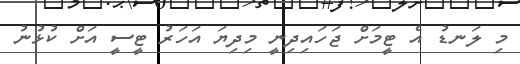
މި ލަނޑު އެ ޓީމަށް ޖަހައިދިނީ މިދިޔަ އަހަރު ޓީސީ އަށް ކުޅުނު